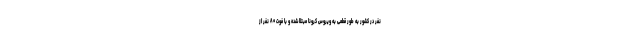
نفر در کشور به طور قطعی به ویروس کرونا مبتلا شده و با فوت ۸۰ نفر از